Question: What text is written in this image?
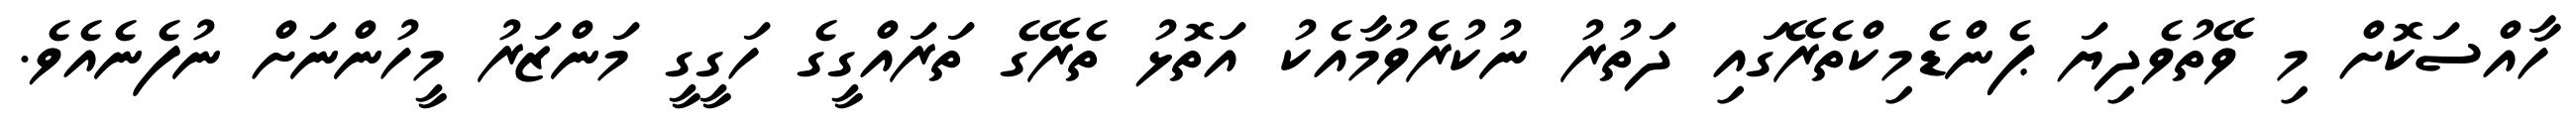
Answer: ހާއްސަކޮށް މި ވޭތުވެދިޔަ ޕެންޑެމިކްތެރޭގައި ދަތުރު ނުކުރެވުމާއެކު އަތޮޅު ތެރޭގެ ތަރައްގީގެ ހަގީގީ މަންޒަރު މީހުންނަށް ނުފެނެއެވެ.